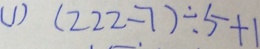
( 1 ) ( 2 2 2 - 7 ) \div 5 + 1